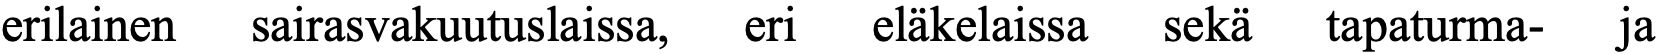
erilainen sairasvakuutuslaissa, eri eläkelaissa sekä tapaturma- ja